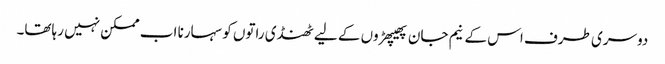
دوسری طرف اس کے نیم جان پھیپھڑوں کے لیے ٹھنڈی راتوں کو سہارنا اب ممکن نہیں رہاتھا۔